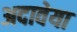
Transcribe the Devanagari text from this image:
अदावेया